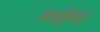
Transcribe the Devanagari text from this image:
माहेन्द्र